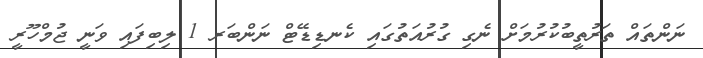
ނަންތައް ތަރުތީބުކުރުމަށް ނެގި ގުރުއަތުގައި ކެނޑިޑޭޓް ނަންބަރ 1 ލިބިފައި ވަނީ ޖުމްހޫރީ